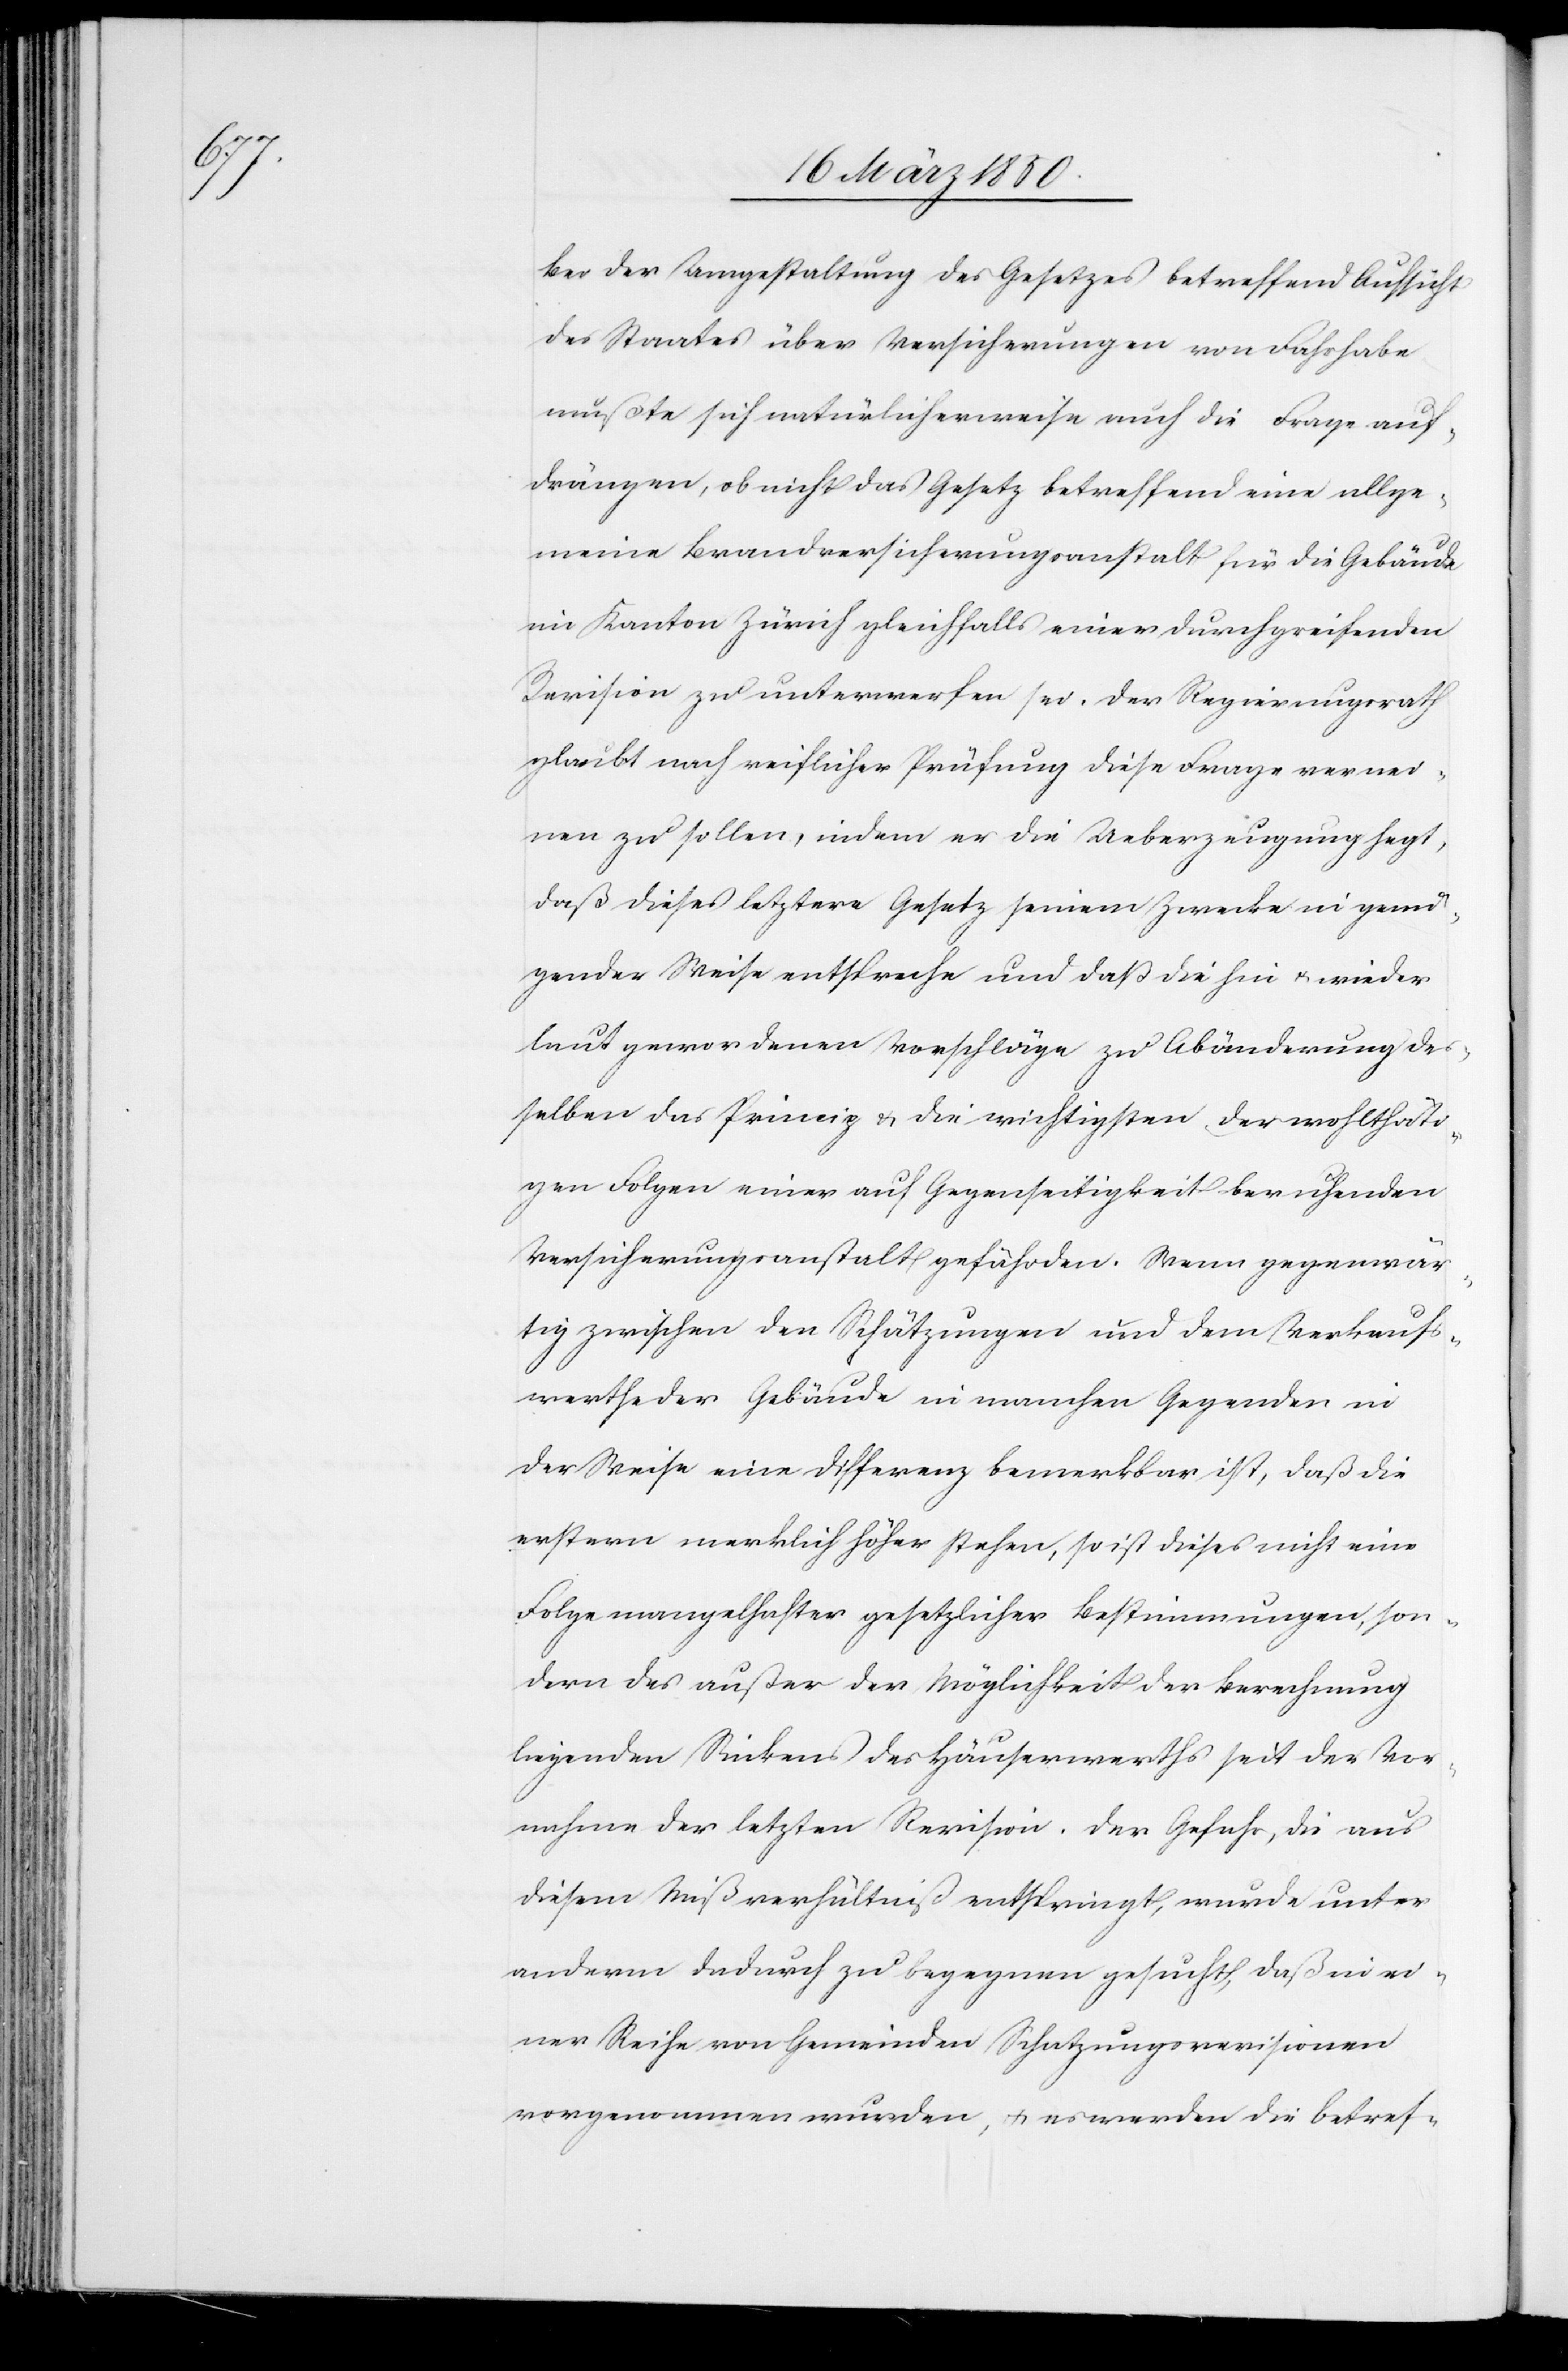
Bei der Umgestaltung des Gesetzes betreffend Aufsicht
des Staates über Versicherungen von Fahrhabe
mußte sich natürlicherweise auch die Frage auf¬
drängen, ob nicht das Gesetz betreffend eine allge¬
meine Brandversicherungsanstalt für die Gebäude
im Kanton Zürich gleichfalls einer durchgreifenden
Revision zu unterwerfen sei. Der Regierungsrath
glaubt nach reiflicher Prüfung diese Frage vernei¬
nen zu sollen, indem er die Ueberzeugung hegt,
daß dieses letztere Gesetz seinem Zwecke in genü¬
gender Weise entspreche und daß die hin u. wieder
laut gewordenen Vorschläge zu Abänderung des¬
selben das Prinzip u. die wichtigsten der wohlthäti¬
gen Folgen einer auf Gegenseitigkeit beruhenden
Versicherungsanstalt gefährden. Wenn gegenwär¬
tig zwischen den Schätzungen und dem Verkaufs¬
werthe der Gebäude in manchen Gegenden in
der Weise eine Differenz bemerkbar ist, daß die
erstern merklich höher stehen, so ist dieses nicht eine
Folge mangelhafter gesetzlicher Bestimmungen, son¬
dern des außer der Möglichkeit der Berechnung
liegenden Sinkens des Häuserwerths seit der Vor¬
nahme der letzten Revision. Der Gefahr, die aus
diesem Mißverhältniß entspringt, wurde unter
anderm dadurch zu begegnen gesucht, daß in ei¬
ner Reihe von Gemeinden Schatzungsrevisionen
vorgenommen wurden, u. es werden die betref-